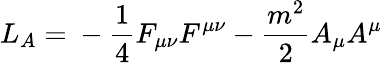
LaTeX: L_{A}=\mathrm{}-\frac{1}{4}F_{\mu\nu}F^{\mu\nu}-\frac{m^{2}}{2}A_{\mu}A^{\mu}